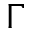
\Gamma